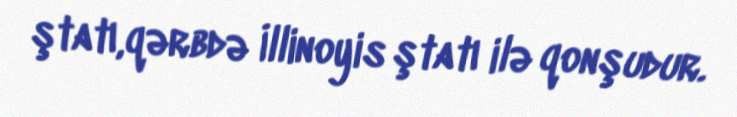
ştatı,qərbdə İllinoyis ştatı ilə qonşudur.